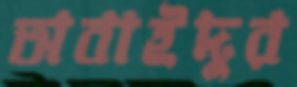
অবাইদুর